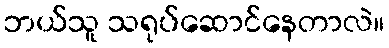
ဘယ်သူ သရုပ်ဆောင်နေတာလဲ။